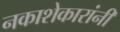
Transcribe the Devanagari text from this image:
नकाशेकारांनी